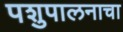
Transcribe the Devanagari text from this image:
पशुपालनाचा